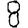
Digit: 8